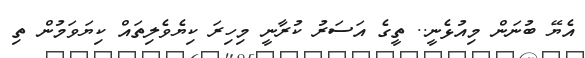
އެޔޭ ބުނަން މިއުޅެނީ.. ތީގެ އަސަރު ކުރާނީ މިހިރަ ކިޔެވެލިތައް ކިޔަވަމުން ތި